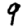
Digit: 9